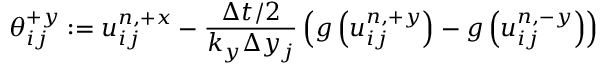
\mathcal { \theta } _ { i j } ^ { + y } : = u _ { i j } ^ { n , + x } - \frac { \Delta t / 2 } { k _ { y } \Delta y _ { j } } \left( g \left( u _ { i j } ^ { n , + y } \right) - g \left( u _ { i j } ^ { n , - y } \right) \right)